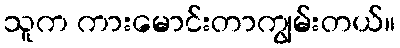
သူက ကားမောင်းတာကျွမ်းတယ်။